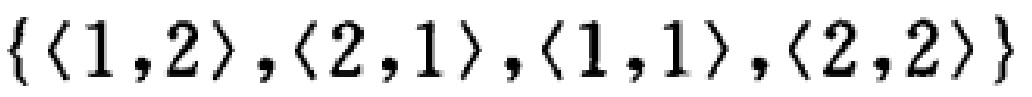
\(\{\langle 1,2\rangle,\langle 2,1\rangle,\langle 1,1\rangle,\langle 2,2\rangle\}\)